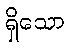
ရှိသော